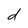
Character: d